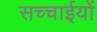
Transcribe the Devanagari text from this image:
सच्चाईयों